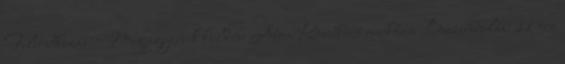
Feliratkozás: Megjegyzések küldése Atom Következő mérkőzés Buszindulás: 11 óra